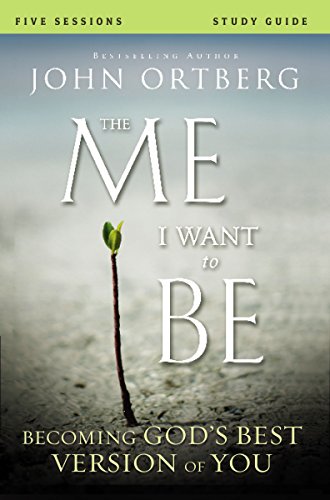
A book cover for The Me I Want to Be Participant's Guide with DVD: Becoming God's Best Version of You; John Ortberg; Christian Books & Bibles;